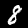
Label: 8